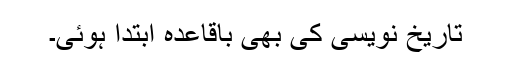
تاریخ نویسی کی بھی باقاعدہ ابتدا ہوئی۔